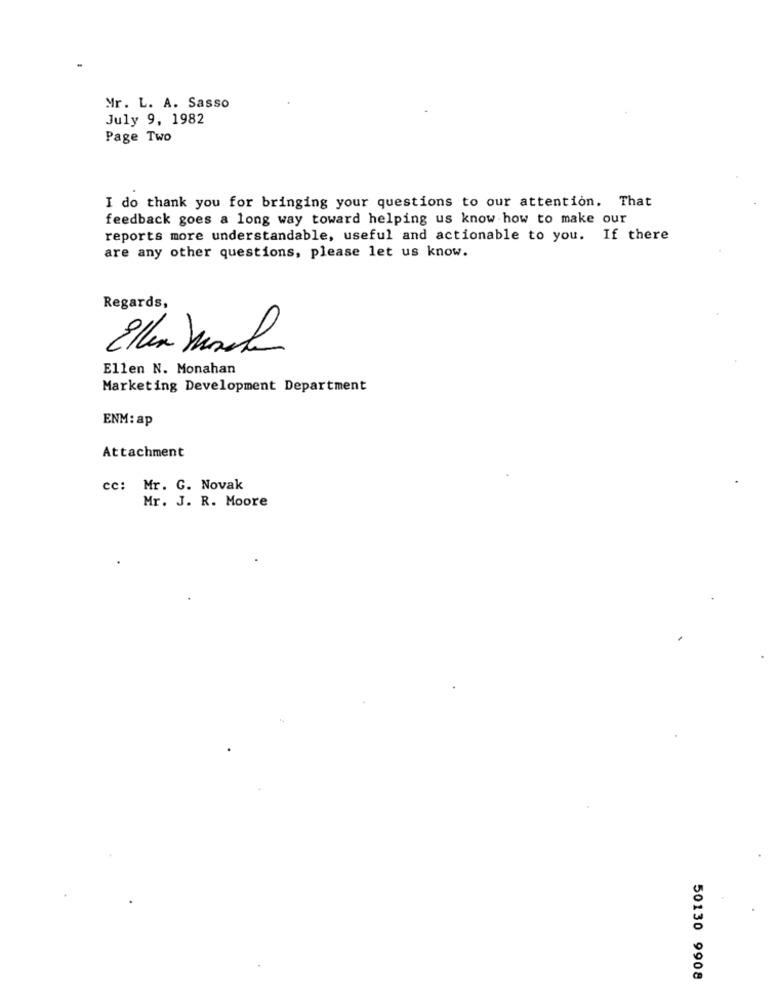
Mr. L. A. Sasso
July 9, 1982
Page Two
I do thank you for bringing your questions to our attention. That
feedback goes a long way toward helping us know how to make our
reports more understandable, useful and actionable to you. If there
are any other questions, please let us know.
Regards,
Ellen Mosk
Ellen N. Monahan
Marketing Development Department
ENM: ap
Attachment
cc: Mr. G. Novak
Mr. J. R. Moore
50130 9908